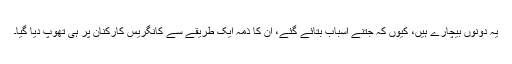
یہ دونوں بیچارے ہیں، کیوں کہ جتنے اسباب بتائے گئے، ان کا ذمہ ایک طریقے سے کانگریس کارکنان پر ہی تھوپ دیا گیا۔